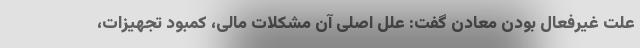
علت غیرفعال بودن معادن گفت: علل اصلی آن مشکلات مالی، کمبود تجهیزات،